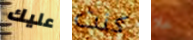
عليك كنت خلا